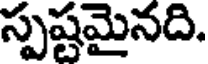
స్పష్టమైనది.